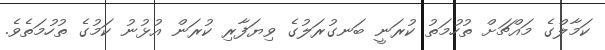
ކަމާލްގެ މައްޗަށް ތުހުމަތު ކުރަނީ ބަނގުރަލުގެ ވިޔަފާރި ކުރަން އުޅުނު ކަމުގެ ތުހުމަތެވެ.